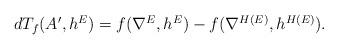
LaTeX: \begin{align*}\begin{aligned}dT_{f}(A', h^{E})=f(\nabla^{E}, h^{E})-f(\nabla^{H(E)}, h^{H(E)}).\end{aligned}\end{align*}